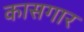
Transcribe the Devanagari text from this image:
कासगार